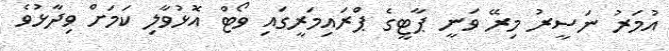
އުމަރު ނަސީރު މިރޭ ވަނީ ޕާޓީގެ ޕްރައިމަރީގައި ވޯޓް އޮޅުވާލި ކަމަށް ވިދާޅުވެ